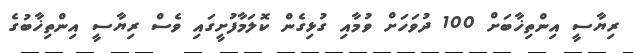
ރިޔާސީ އިންތިޚާބަށް 100 ދުވަހަށް ވުމާއި ގުޅިގެން ކޮލަމާފުށީގައި ވެސް ރިޔާސީ އިންތިޚާބުގެ